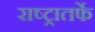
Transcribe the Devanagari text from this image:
राष्ट्रातर्फे